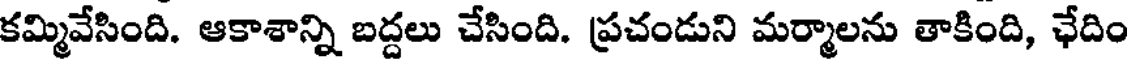
కమ్మివేసింది. ఆకాశాన్ని బద్దలు చేసింది. ప్రచండుని మర్మాలను తాకింది, ఛేదిం